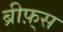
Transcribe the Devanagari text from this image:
ब्रीफ़्स